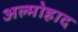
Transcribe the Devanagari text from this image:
अल्मोहाद